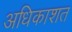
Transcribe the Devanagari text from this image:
अधिकाशत